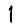
Digit: 1